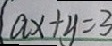
a x + y = 3